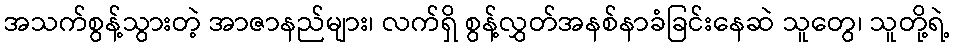
အသက်စွန့်သွားတဲ့ အာဇာနည်များ၊ လက်ရှိ စွန့်လွှတ်အနစ်နာခံခြင်းနေဆဲ သူတွေ၊ သူတို့ရဲ့